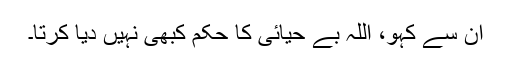
ان سے کہو، اللہ بے حیائی کا حکم کبھی نہیں دیا کرتا۔